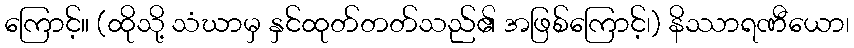
ကြောင့်။ (ထိုသို့ သံဃာမှ နှင်ထုတ်တတ်သည်၏ အဖြစ်ကြောင့်၊) နိဿာရဏီယော၊